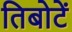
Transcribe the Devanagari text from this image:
तिबोटें